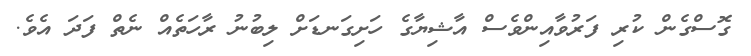
ގޮސްގެން ކުރި ފަރުވާއިންވެސް އާޝިޔާގެ ހަށިގަނޑަށް ލިބުނު ރާހަތެއް ނެތް ފަދަ އެވެ.